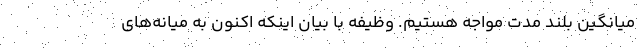
میانگین بلند مدت مواجه هستیم. وظیفه با بیان اینکه اکنون به میانه‌های